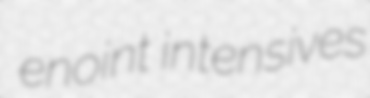
enoint intensives